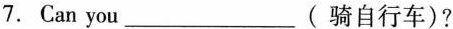
7.Can you___(骑自行车)?